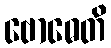
ဗောဓေတိ